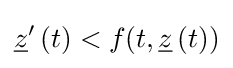
{\underline {z}}'\left(t\right)<f(t,{\underline {z}}\left(t\right))